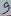
Text: 9